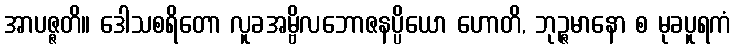
အာပဇ္ဇတိ။ ဒေါသစရိတော လူခအမ္ဗိလဘောဇနပ္ပိယော ဟောတိ, ဘုဉ္ဇမာနော စ မုခပူရကံ